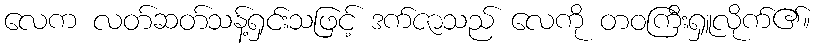
လေက လတ်ဆတ်သန့်ရှင်းသဖြင့် ဒက်ဇာသည် လေကို တဝကြီးရှူလိုက်၏။